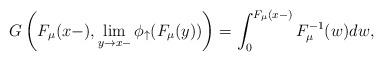
LaTeX: \begin{align*} G\left(F_\mu(x-),\lim_{y\to x-}\phi_\uparrow(F_\mu(y))\right)=\int_0^{F_\mu(x-)}F_\mu^{-1}(w)dw,\end{align*}